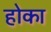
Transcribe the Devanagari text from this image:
होका